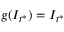
g ( I _ { t ^ { * } } ) = I _ { t ^ { * } }